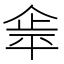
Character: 𰂝